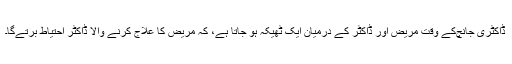
ڈاکٹری جانچ‌کے وقت مریض اَور ڈاکٹر کے درمیان ایک ٹھیکہ ہو جاتا ہے، کہ مریض کا علاج کرنے والا ڈاکٹر احتیاط برتے‌گا۔